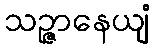
သဉ္ဇာနေယျံ